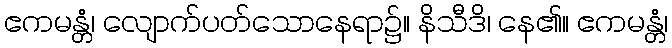
ဧကမန္တံ၊ လျောက်ပတ်သောနေရာ၌။ နိသီဒိ၊ နေ၏။ ဧကမန္တံ၊